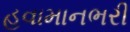
હવામાનભરી